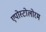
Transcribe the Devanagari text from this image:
एपोस्टोलोरम